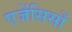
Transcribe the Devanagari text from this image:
एजेंसिसों